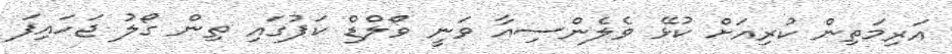
އަރިމަތިން ކުރިއަށް ކުޅޭ ވެލެންސިއާ ވަނީ ވޯލްޑް ކަޕުގައި ތިން ގޯލު ޖަހައިފަ